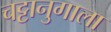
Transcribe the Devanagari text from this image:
चट्टानुगाला